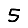
Digit: 5